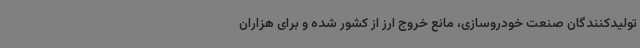
تولیدکنندگان صنعت خودروسازی، مانع خروج ارز از کشور شده و برای هزاران